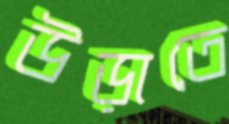
উড়াতে